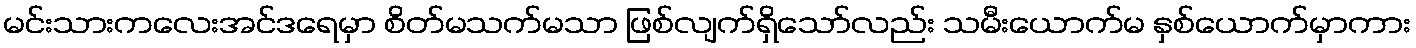
မင်းသားကလေးအင်ဒရေမှာ စိတ်မသက်မသာ ဖြစ်လျက်ရှိသော်လည်း သမီးယောက်မ နှစ်ယောက်မှာကား